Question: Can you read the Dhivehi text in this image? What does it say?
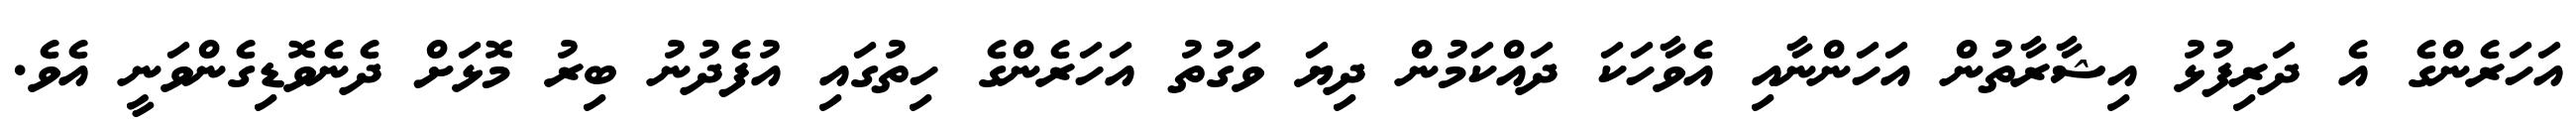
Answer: އަހަރެންގެ އެ ދަރިފުޅު އިޝާރާތުން އަހަންނާއި އެވާހަކަ ދައްކަމުން ދިޔަ ވަގުތު އަހަރެންގެ ހިތުގައި އުފެދުނު ބިރު މޮޅަށް ދެނެވޮޑިގެންވަނީ އެވެ.